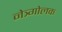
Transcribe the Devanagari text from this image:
नेत्र्गोलक